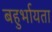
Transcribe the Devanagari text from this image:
बहुर्भायता